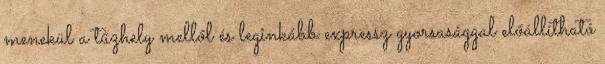
menekül a tűzhely mellől és leginkább expressz gyorsasággal előállítható